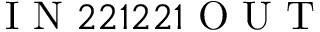
\mathrm { ~ I ~ N ~ } 2 2 1 2 2 1 \mathrm { ~ O ~ U ~ T ~ }